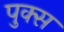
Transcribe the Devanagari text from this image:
पुक्स